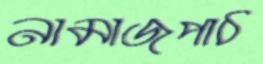
নামাজপাঠ